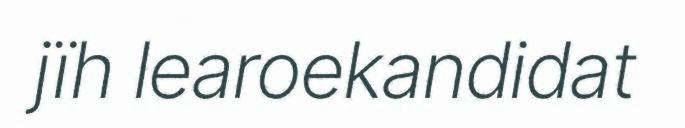
jïh learoekandidat